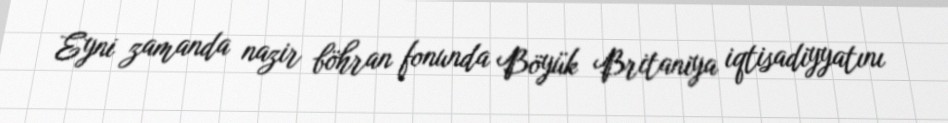
Eyni zamanda nazir böhran fonunda Böyük Britaniya iqtisadiyyatını